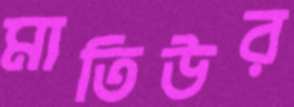
মাতিউর